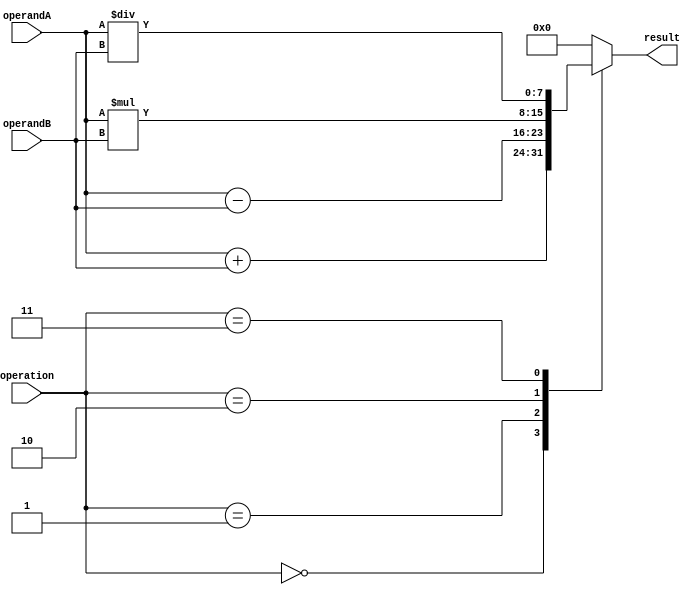
module VectorALU (
    input wire [7:0] operandA, 
    input wire [7:0] operandB, 
    input wire [2:0] operation, 
    output wire [7:0] result 
);

reg [7:0] output_result;

always @* begin
    case(operation)
        3'b000: output_result = operandA + operandB; // Addition
        3'b001: output_result = operandA - operandB; // Subtraction
        3'b010: output_result = operandA * operandB; // Multiplication
        3'b011: output_result = operandA / operandB; // Division
        // Additional operations can be added here
        default: output_result = 8'b0; // Default is set to 0
    endcase
end

assign result = output_result;

endmodule